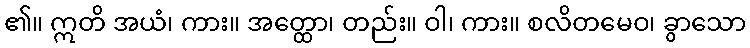
၏။ ဣတိ အယံ၊ ကား။ အတ္ထော၊ တည်း။ ဝါ၊ ကား။ စလိတမေဝ၊ ခွာသော